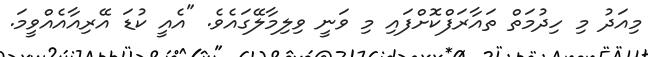
މިއަދު މި ހިދުމަތް ތައާރަފްކޮށްފައި މި ވަނީ ވިލިމާލޭގައެވެ. "އެއީ ކުޑަ އޭރިއާއެއްވީމަ.